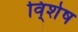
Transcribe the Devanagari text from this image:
वि्शेष